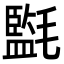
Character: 㲯